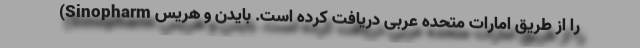
(Sinopharm را از طریق امارات متحده عربی دریافت کرده است. بایدن و هریس